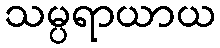
သမ္ပရာယာယ